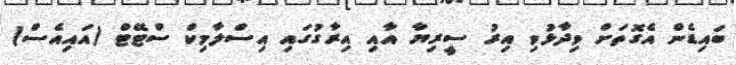
ބައިޑެން އެގޮތަށް ވިދާޅުވި އިރު ސީރިޔާ އާއި އިރާގުގައި އިސްލާމިކް ސްޓޭޓް (އައިއެސް)